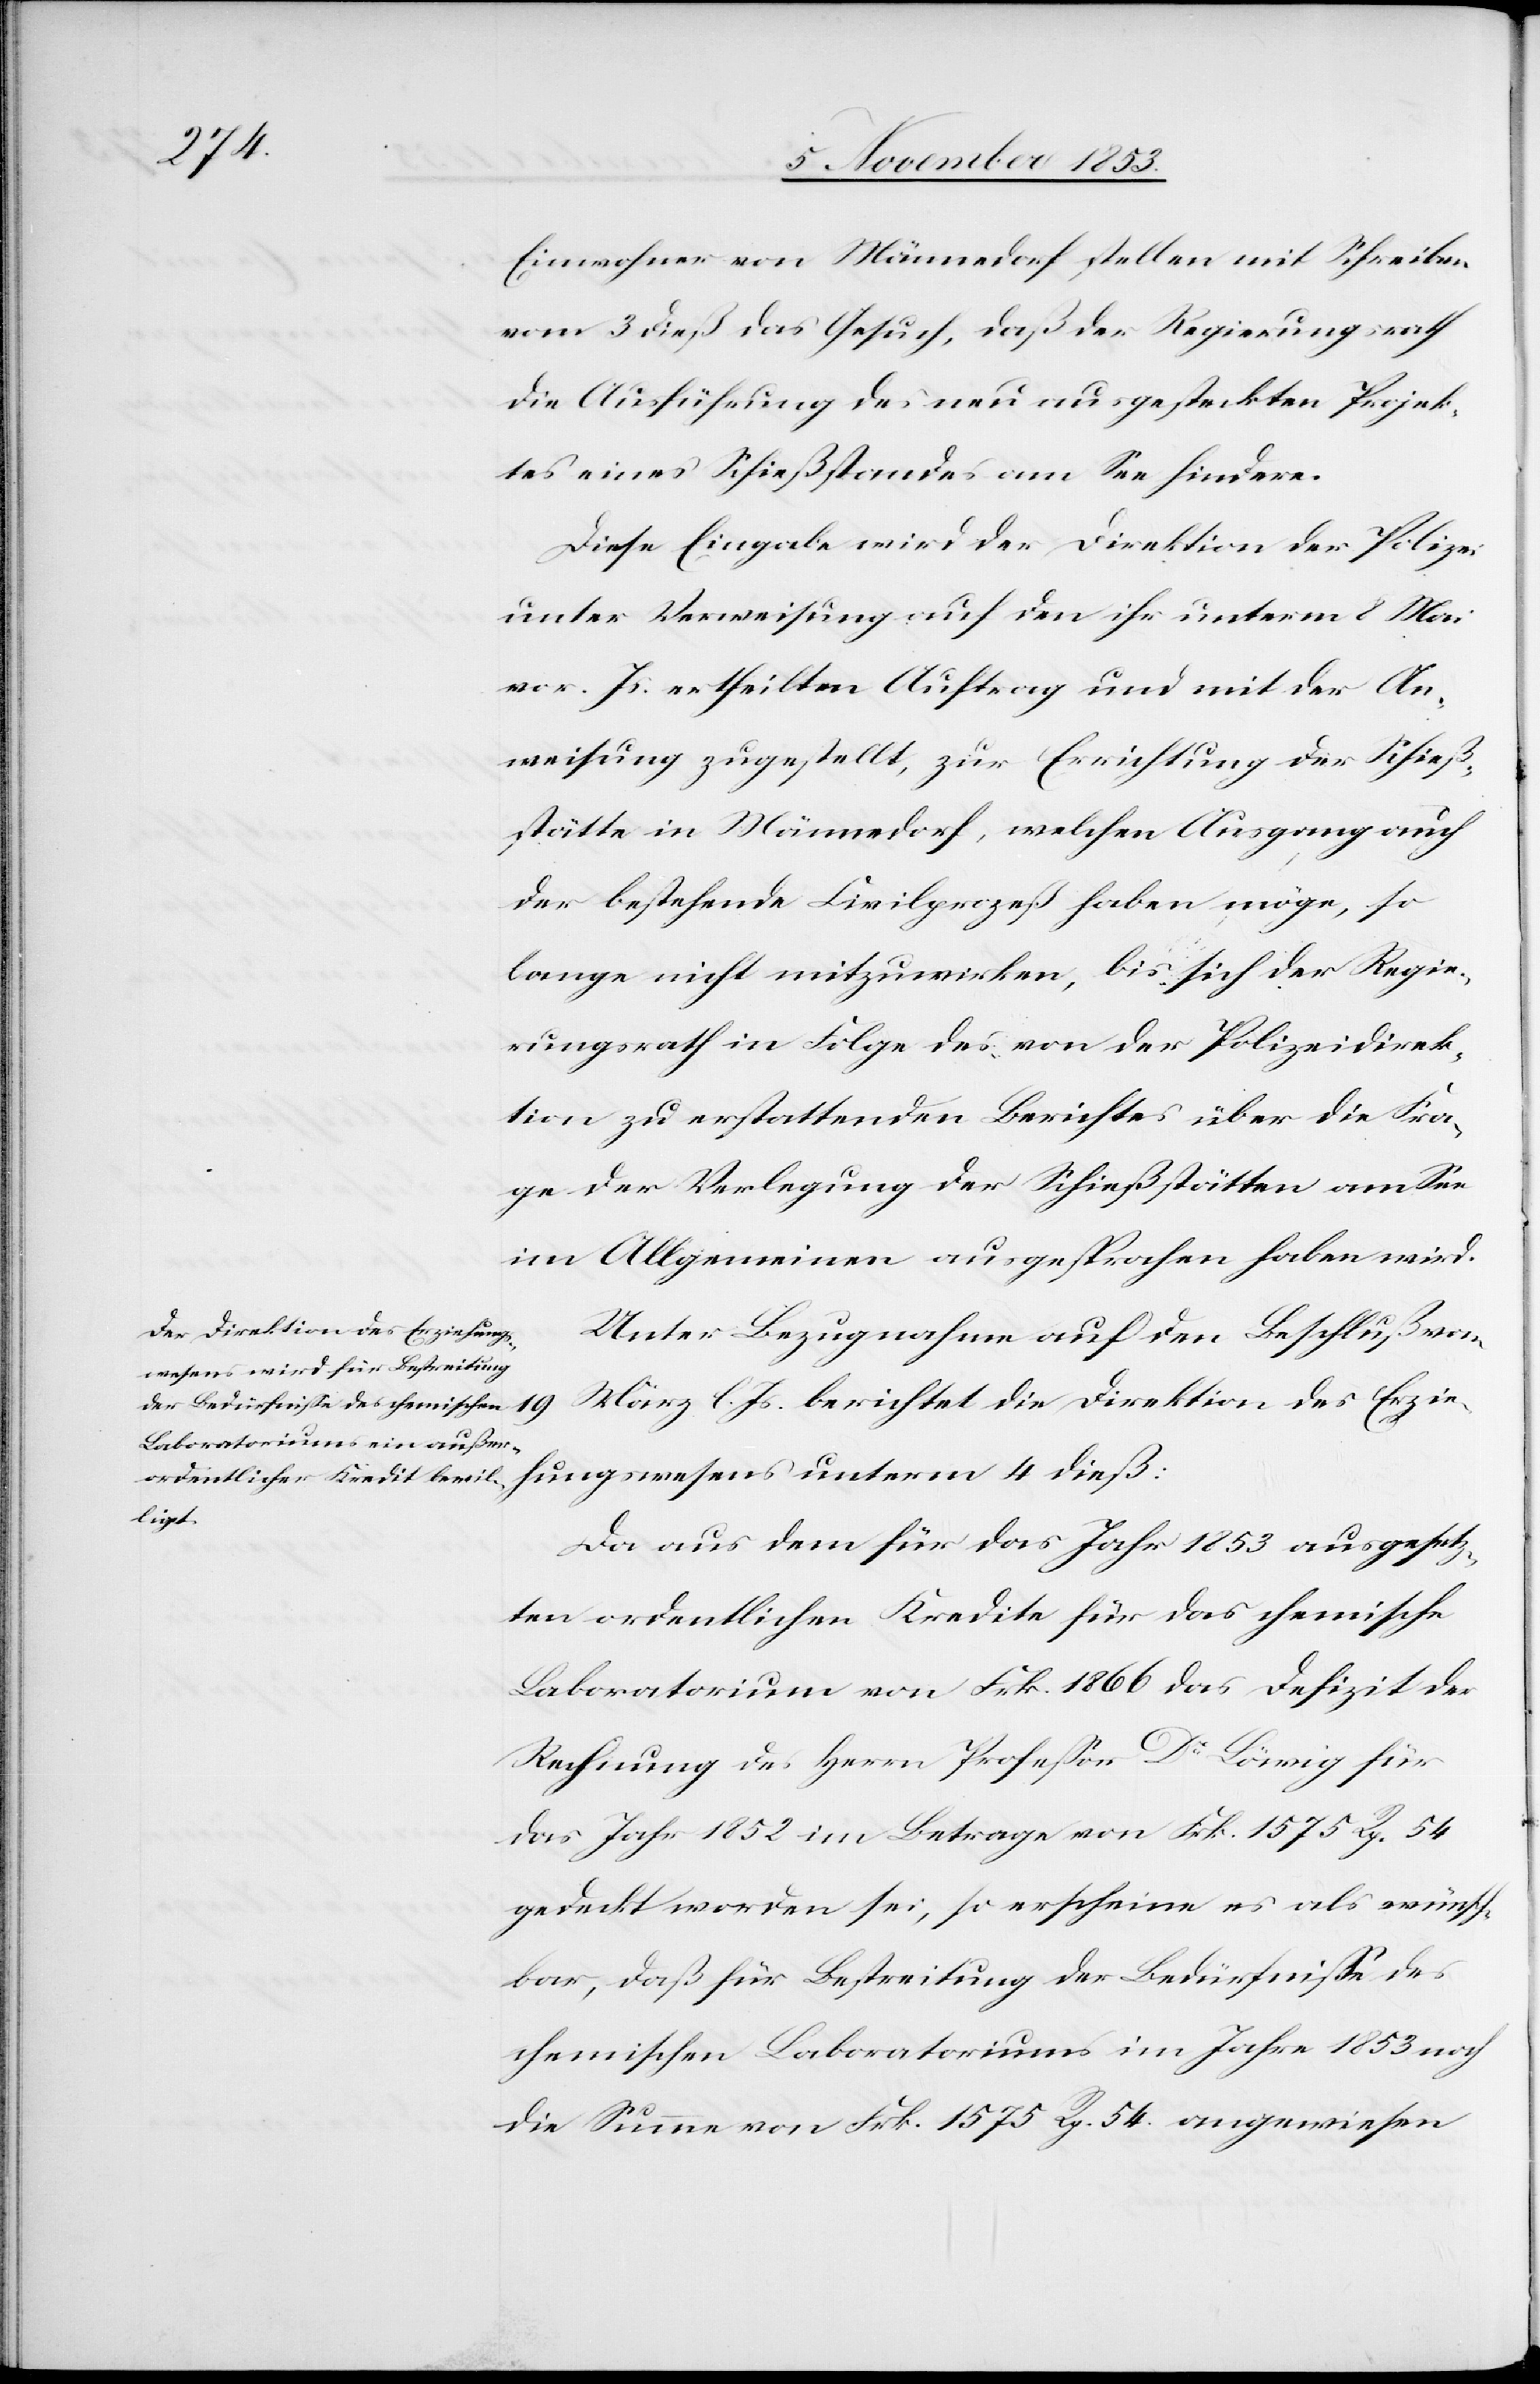
Einwohner von Männedorf stellen mit Schreiben
vom 3 dieß das Gesuch, daß der Regierungsrath
die Ausführung des neu ausgesteckten Projek¬
tes eines Schießstandes am See hindere.
Diese Eingabe wird der Direktion der Polizei
unter Verweisung auf den ihr unterm 8 Mai
vor. Js. ertheilten Auftrag und mit der An¬
weisung zugestellt, zur Errichtung der Schieß¬
stätte in Männedorf, welchen Ausgang auch
der bestehende Civilprozeß haben möge, so
lange nicht mitzuwirken, bis sich der Regie¬
rungsrath in Folge des von der Polizeidirek¬
tion zu erstattenden Berichtes über die Fra¬
ge der Verlegung der Schießstätten am See
im Allgemeinen ausgesprochen haben wird.
Unter Bezugnahme auf den Beschluß vom
März l. Js. berichtet die Direktion des Erzie¬
19
hungswesens unterm 4 dieß.
Da aus dem für das Jahr 1853 ausgesetz¬
ten ordentlichen Kredite für das chemische
Laboratorium an Frk. 1866 das Defizit der
Rechnung des Herrn Profeßor Dr Löwig für
das Jahr 1852 im Betrag von Frk. 1575. Rp. 54
gedeckt worden sei, so erscheine es als wünsch¬
bar, daß für Bestreitung der Bedürfniße des
chemischen Laboratoriums im Jahre 1853 noch
die Summe von Frk. 1575 Rp. 54 angewiesen